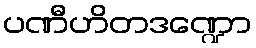
ပဏီဟိတဒဏ္ဍော